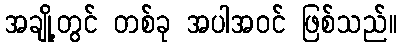
အချို့တွင် တစ်ခု အပါအဝင် ဖြစ်သည်။